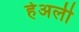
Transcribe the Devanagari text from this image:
हेअली